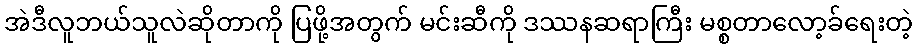
အဲဒီလူဘယ်သူလဲဆိုတာကို ပြဖို့အတွက် မင်းဆီကို ဒဿနဆရာကြီး မစ္စတာလော့ခ်ရေးတဲ့